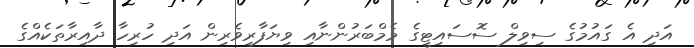
އަދި އެ ގައުމުގެ ސިވިލް ސޮސައިޓީގެ މެމްބަރުންނާއި ވިޔަފާރިވެރިން އަދި ހުރިހާ ދާއިރާތަކެއްގެ